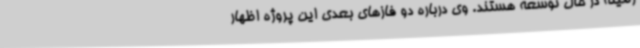
زمینه در حال توسعه هستند. وی درباره دو فازهای بعدی این پروژه اظهار